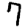
Digit: 7